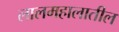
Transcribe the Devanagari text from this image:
लालमहालातील